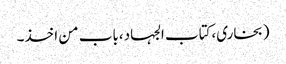
(بخاری،کتاب الجہاد،باب من اخذ۔